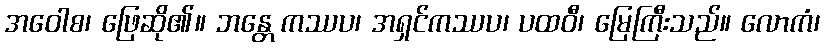
အဝေါစ၊ ဖြေဆို၏။ ဘန္တေ ကဿပ၊ အရှင်ကဿပ၊ ပထဝီ၊ မြေကြီးသည်။ လောကံ၊